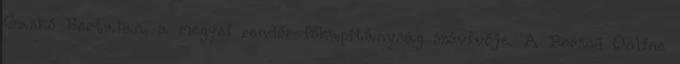
Gaskó Bertalan, a megyei rendőr-főkapitányság szóvivője. A Borsod Online